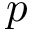
p